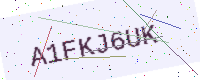
Text: A1FKJ6UK